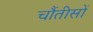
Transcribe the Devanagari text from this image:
चौंतीसों